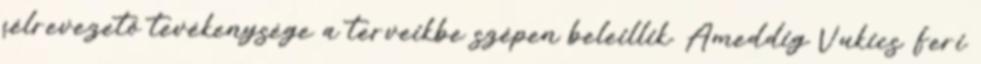
félrevezető tevékenysége a terveikbe szépen beleillik. Ameddig Vukics Feri